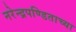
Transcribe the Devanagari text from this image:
नरेन्द्रपण्डिताच्या